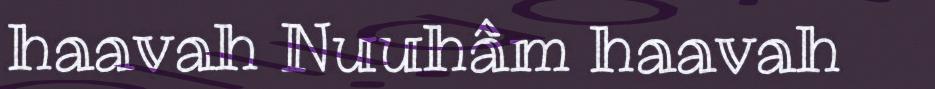
haavah Nuuhâm haavah